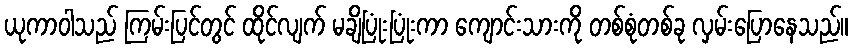
ယုကာဝါသည် ကြမ်းပြင်တွင် ထိုင်လျက် မချိပြုံးပြုံးကာ ကျောင်းသားကို တစ်စုံတစ်ခု လှမ်းပြောနေသည်။